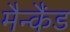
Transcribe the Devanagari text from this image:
मैन्कैंड